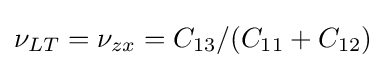
\nu _{LT}=\nu _{zx}=C_{13}/(C_{11}+C_{12})